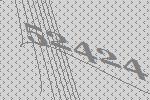
52424